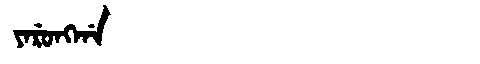
Manchu: ᠶᠠᡵᡠᠩᡤᠠ
Romanization: YARUNGGA